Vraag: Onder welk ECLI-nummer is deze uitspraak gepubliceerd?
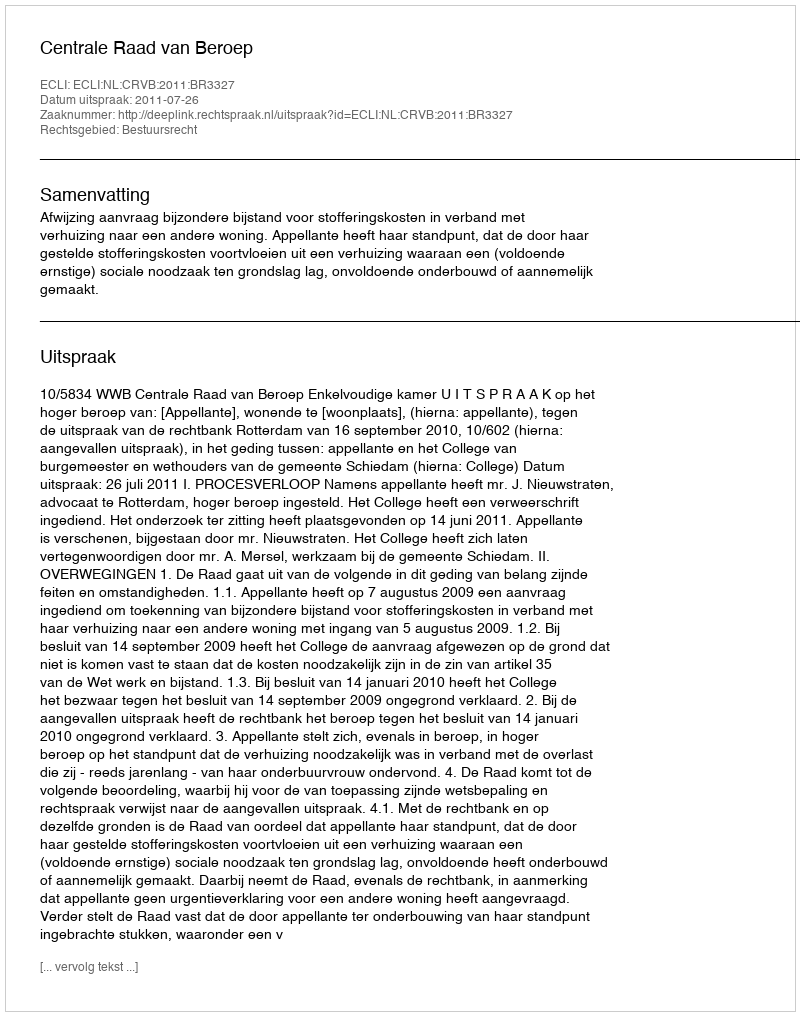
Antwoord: ECLI:NL:CRVB:2011:BR3327